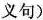
义句)